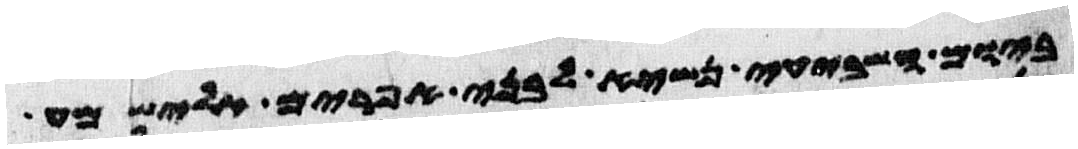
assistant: ביום השביעי נשיא לבני אפרים אלישמע